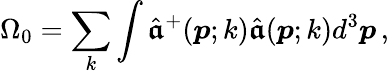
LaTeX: \Omega_{0}=\sum_{k}\int\hat{\boldsymbol{\mathfrak a}}^{+}(\boldsymbol{p};k)\hat{\boldsymbol{\mathfrak a}}(\boldsymbol{p};k)d^{3}\boldsymbol{p}\, ,